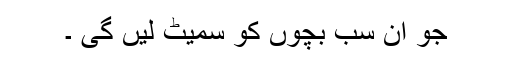
جو ان سب بچوں کو سمیٹ لیں گی ۔